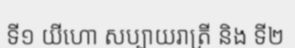
ទី១ យីហោ សប្បាយរាត្រី និង ទី២